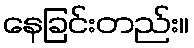
နေခြင်းတည်း။